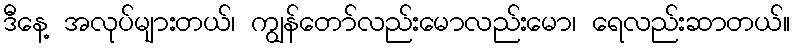
ဒီနေ့ အလုပ်များတယ်၊ ကျွန်တော်လည်းမောလည်းမော၊ ရေလည်းဆာတယ်။